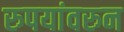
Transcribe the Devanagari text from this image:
रुपयांवरुन